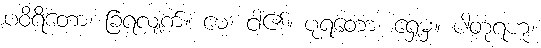
ပဝိရိတော၊ ခြံရံလျက်။ မေ၊ ငါ၏။ ပုရတော၊ ရှေ့မှ။ ပါတုရဟု၊